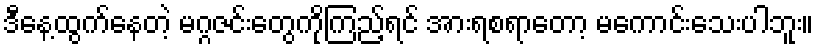
ဒီနေ့ထွက်နေတဲ့ မဂ္ဂဇင်းတွေကိုကြည့်ရင် အားရစရာတော့ မကောင်းသေးပါဘူး။